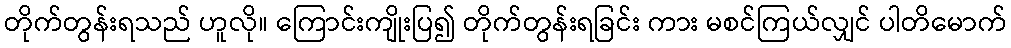
တိုက်တွန်းရသည် ဟူလို။ ကြောင်းကျိုးပြ၍ တိုက်တွန်းရခြင်း ကား မစင်ကြယ်လျှင် ပါတိမောက်